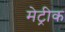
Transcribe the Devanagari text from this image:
मेट्रीक